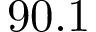
9 0 . 1